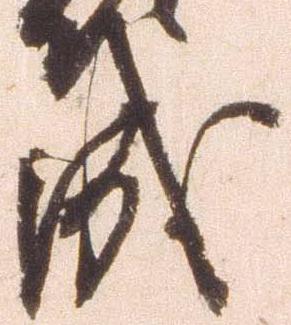
成